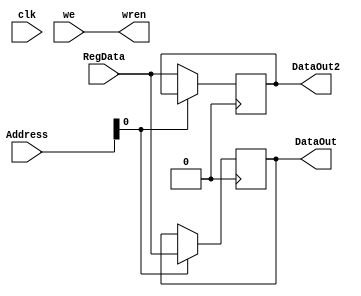
module Parallel_OUT(
input clk,
	input [15:0] RegData,
	input [14:0] Address,
	input we,
	output reg [15:0] DataOut, DataOut2,
	output wren
);
//
	wire fioA, fioB;
	
	assign fioA = (Address[14:1] == 15'h4FFF)?1:0; //7FFF ou 7FFE
	assign fioB = fioA&we;
	assign wren = ~fioA&we;
	
	always@(posedge (clk&fioB))
	begin
		if (Address[0])
			DataOut = RegData[15:0];
		else
			DataOut2 = RegData[15:0];
	end
endmodule